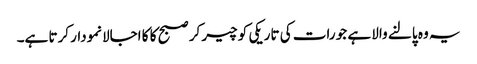
یہ وہ پالنے والا ہے جو رات کی تاریکی کو چیر کر صبح کا کا اجالانمودار کرتا ہے۔